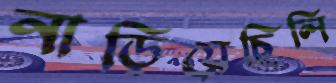
নাড়িয়েছিলি